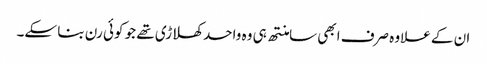
ان کے علاوہ صرف ابھی سامنتھ ہی وہ واحد کھلاڑی تھے جو کوئی رن بنا سکے۔